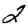
Digit: 2